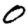
Digit: 0